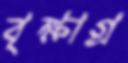
বৃক্ষাগ্র